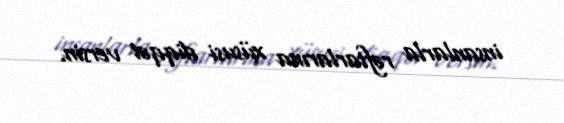
insanlarla rəftarlarına xüsusi diqqət versin.